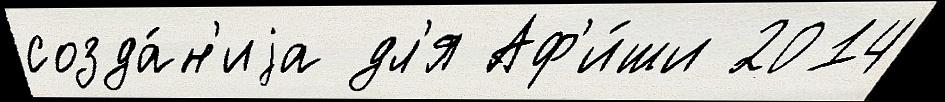
созда́н'иjа дл'я Аф'и́ши 2014